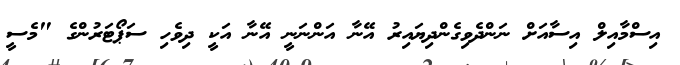
އިސްމާއިލް އިސާއަށް ނަންދެވިގެންދިޔައިރު އޭނާ އަންނަނީ އޭނާ އަކީ ދިވެހި ސަޕޯޓަރުންގެ "މެސީ